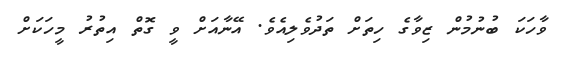
ވާހަކަ ބުނުމުން ޒިވާގެ ހިތަށް ތަދުވެލިއެވެ. އޭނާއަށް ވީ ގޮތް އިތުރު މީހަކަށް